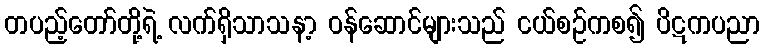
တပည့်တော်တို့ရဲ့ လက်ရှိသာသနာ့ ဝန်ဆောင်များသည် ငယ်စဉ်ကစ၍ ပိဋကပညာ